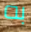
به